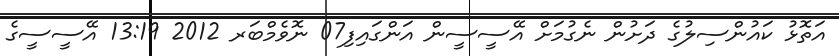
އަތޮޅު ކައުންސިލުގެ ދަށުން ނެގުމަށް އޭސީސީން އަންގައިފި07 ނޮވެމްބަރ 2012 13:19 އޭސީސީގެ